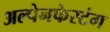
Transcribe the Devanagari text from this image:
अल्पेनफेस्टंग